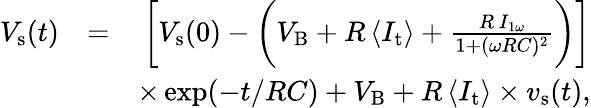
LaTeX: \begin{array}{rlr}{V_{\mathrm{s}}(t)}&{=}&{\bigg[V_{\mathrm{s}}(0)-\bigg(V_{\mathrm{B}}+R\, \langle I_{\mathrm{t}}\rangle+\frac{R\, I_{1\omega}}{1+(\omega RC)^{2}}\bigg)\bigg]}\\ &{}&{\times\exp(-t/RC)+V_{\mathrm{B}}+R\, \langle I_{\mathrm{t}}\rangle\times v_{\mathrm{s}}(t),}\end{array}